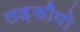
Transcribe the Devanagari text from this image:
लड़कीयो